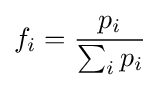
f_{i}={\frac {p_{i}}{\sum _{i}p_{i}}}